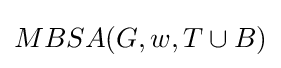
MBSA(G,w,T\cup B)